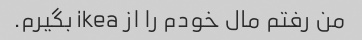
من رفتم مال خودم را از ikea بگیرم.